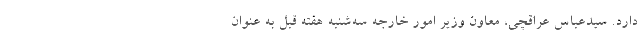
دارد. سیدعباس عراقچی، معاون وزیر امور خارجه سه‌شنبه هفته قبل به عنوان